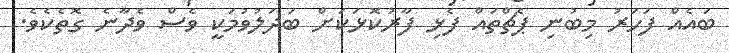
ބައެއް ފަހަރު މިބުނި ޕެޗްތައް ފެޅި ފާރުކޮޅަކަށް ބަދަލުވުމަކީ ވެސް ވެދާނެ ގޮތެކެވެ.